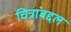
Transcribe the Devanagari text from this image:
चित्रांबद्दल